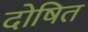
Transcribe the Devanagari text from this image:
दोषित